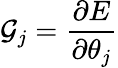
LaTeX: \mathcal{G}_{j}=\frac{\partial E}{\partial\theta_{j}}